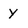
Character: Y